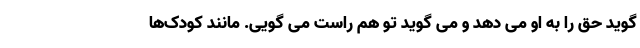
گوید حق را به او می دهد و می گوید تو هم راست می گویی. مانند کودک‌ها